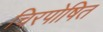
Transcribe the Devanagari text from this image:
चिरपोषित